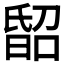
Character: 𣉈